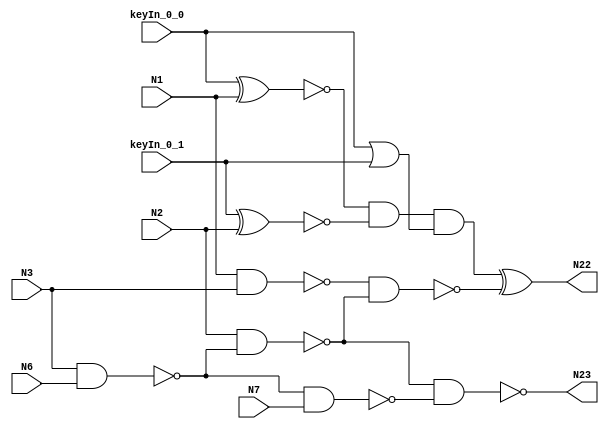


module c17
(
  N1,
  N2,
  N3,
  N6,
  N7,
  N22,
  N23,
  keyIn_0_0,
  keyIn_0_1
);

  input N1;input N2;input N3;input N6;input N7;input keyIn_0_0;input keyIn_0_1;
  output N22;output N23;
  wire N10;wire N11;wire N16;wire N19;wire sl_xor_0_0;wire sl_xor_0_1;wire comparator_output;wire mask_or_output;wire mask_output;wire signal_from_circuit;

  nand
  NAND2_1
  (
    N10,
    N1,
    N3
  );


  nand
  NAND2_2
  (
    N11,
    N3,
    N6
  );


  nand
  NAND2_3
  (
    N16,
    N2,
    N11
  );


  nand
  NAND2_4
  (
    N19,
    N11,
    N7
  );


  nand
  NAND2_5
  (
    signal_from_circuit,
    N10,
    N16
  );


  nand
  NAND2_6
  (
    N23,
    N16,
    N19
  );


  xnor
  KeyPIGate_0_0
  (
    sl_xor_0_0,
    keyIn_0_0,
    N1
  );


  xnor
  KeyPIGate_0_1
  (
    sl_xor_0_1,
    keyIn_0_1,
    N2
  );


  and
  Comparator_And
  (
    comparator_output,
    sl_xor_0_0,
    sl_xor_0_1
  );


  or
  Mask_Or
  (
    mask_or_output,
    keyIn_0_0,
    keyIn_0_1
  );


  and
  Mask_And
  (
    mask_output,
    comparator_output,
    mask_or_output
  );


  xor
  flip_it
  (
    N22,
    mask_output,
    signal_from_circuit
  );


endmodule